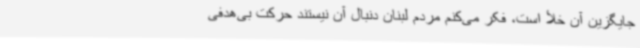
جایگزین آن خلأ است، فکر می‌کنم مردم لبنان دنبال آن نیستند حرکت بی‌هدفی